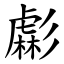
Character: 虨